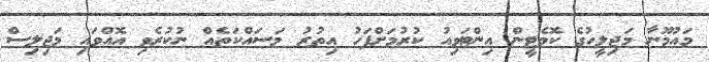
މައުމޫނާ މަޖިލީހުގެ ކޮމެޓީން އިންޓަވިއު ކުރުމަށްފަހު އިތުރު މަސައްކަތެއް ނުކުރެވި އޮއްވައި މަޖިލިސް